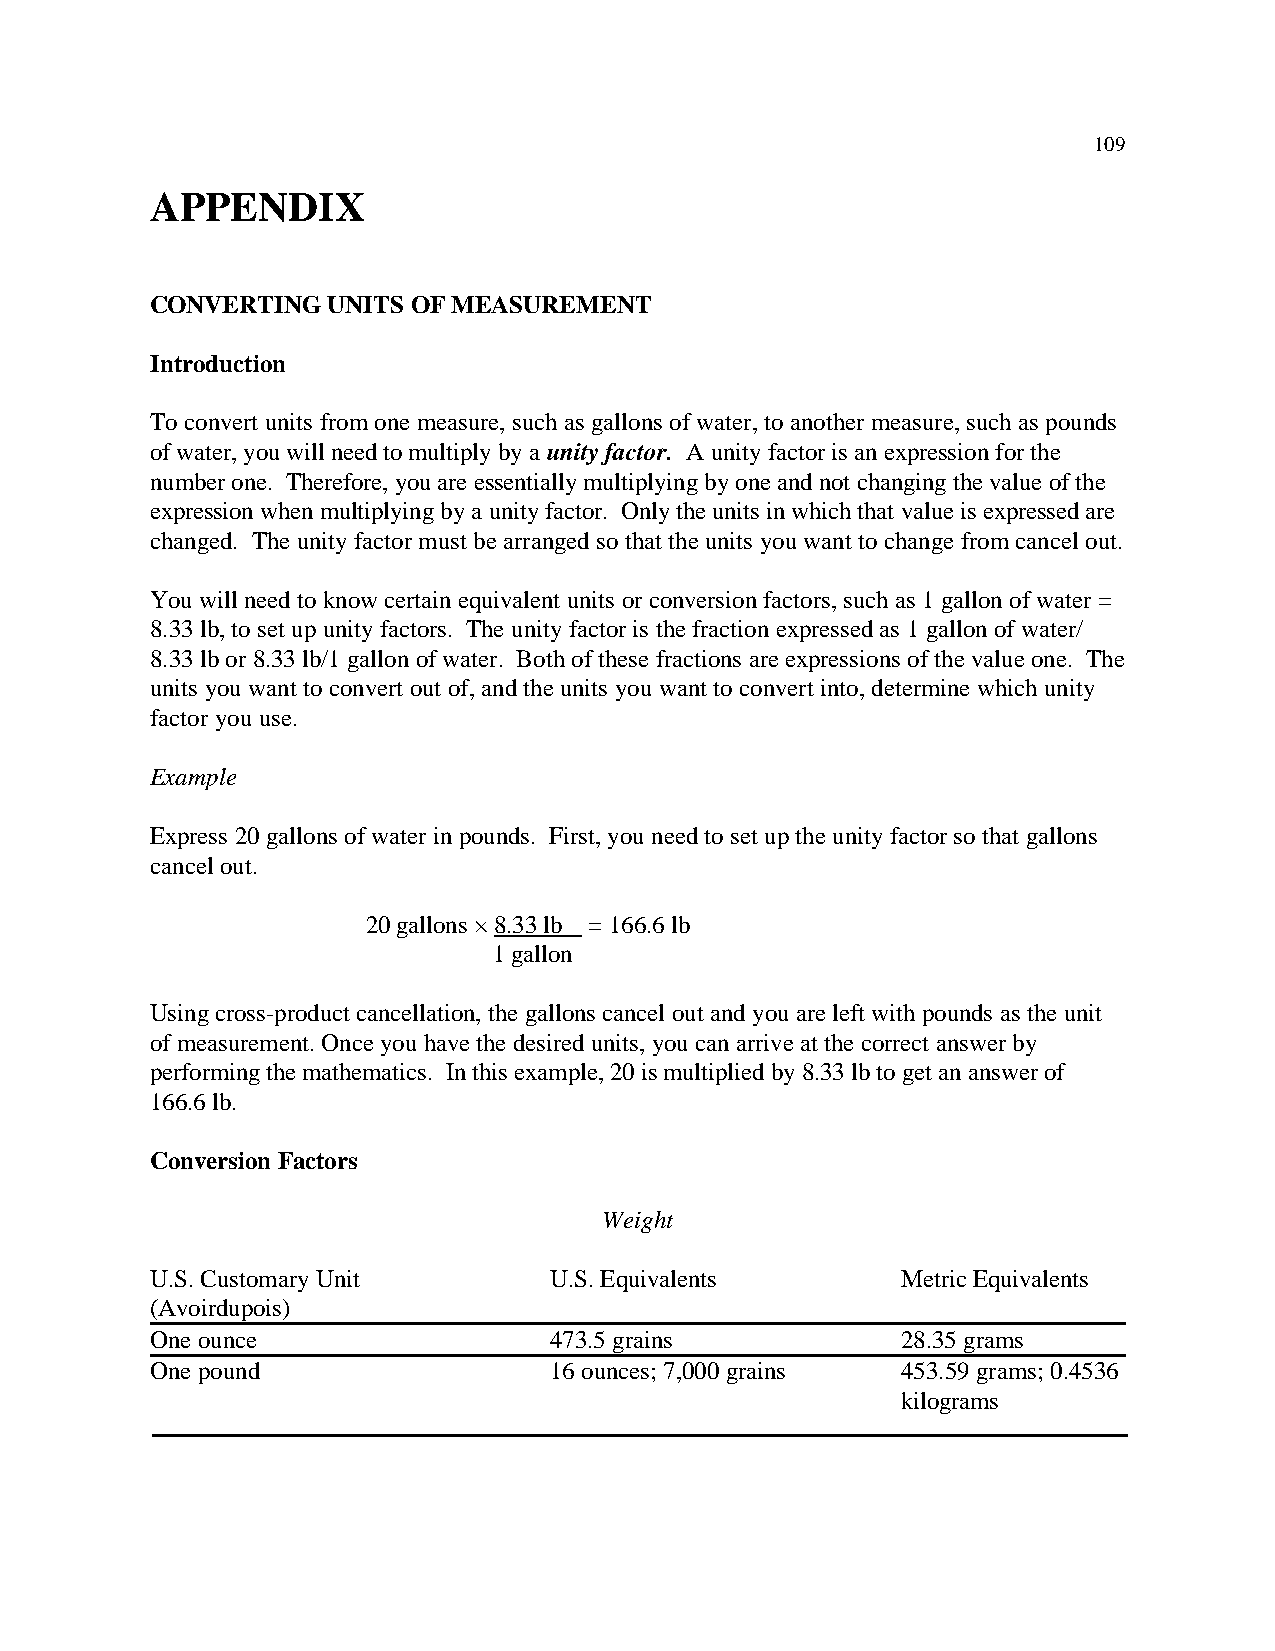
109
 APPENDIX
 CONVERTING  UNITS OF MEASUREMENT
 Introduction
 To convert units from one measure, such as gallons of water, to another measure, such as pounds
 of water, you will need to multiply by a unity factor. A unity factor is an expression for the
 number one. Therefore, you are essentially multiplying by one and not changing the value of the
 expression when multiplying by a unity factor. Only the units in which that value is expressed are
 changed. The unity factor must be arranged so that the units you want to change from cancel out.
 You will need to know certain equivalent units or conversion factors, such as 1 gallon of water =
 8.33 lb, to set up unity factors. The unity factor is the fraction expressed as 1 gallon of water/
 8.33 lb or 8.33 lb/1 gallon of water. Both of these fractions are expressions of the value one. The
 units you want to convert out of, and the units you want to convert into, determine which unity
 factor you use.
 Example
 Express 20 gallons of water in pounds. First, you need to set up the unity factor so that gallons
 cancel out.
 20 gallons × 8.33 lb = 166.6 lb
 1 gallon
 Using cross-product cancellation, the gallons cancel out and you are left with pounds as the unit
 of measurement. Once you have the desired units, you can arrive at the correct answer by
 performing the mathematics. In this example, 20 is multiplied by 8.33 lb to get an answer of
 166.6 lb.
 Conversion Factors
 Weight
 U.S. Customary Unit       U.S. Equivalents        Metric Equivalents
 (Avoirdupois)
 One ounce                 473.5 grains            28.35 grams
 One pound                 16 ounces; 7,000 grains 453.59 grams; 0.4536
 kilograms